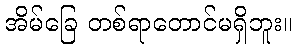
အိမ်ခြေ တစ်ရာတောင်မရှိဘူး။